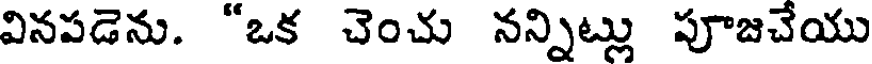
వినపడెను. "ఒక చెంచు నన్నిట్లు పూజచేయు